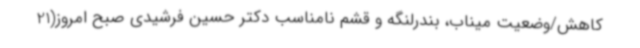
کاهش/وضعیت میناب، بندرلنگه و قشم نامناسب دکتر حسین فرشیدی صبح امروز(21